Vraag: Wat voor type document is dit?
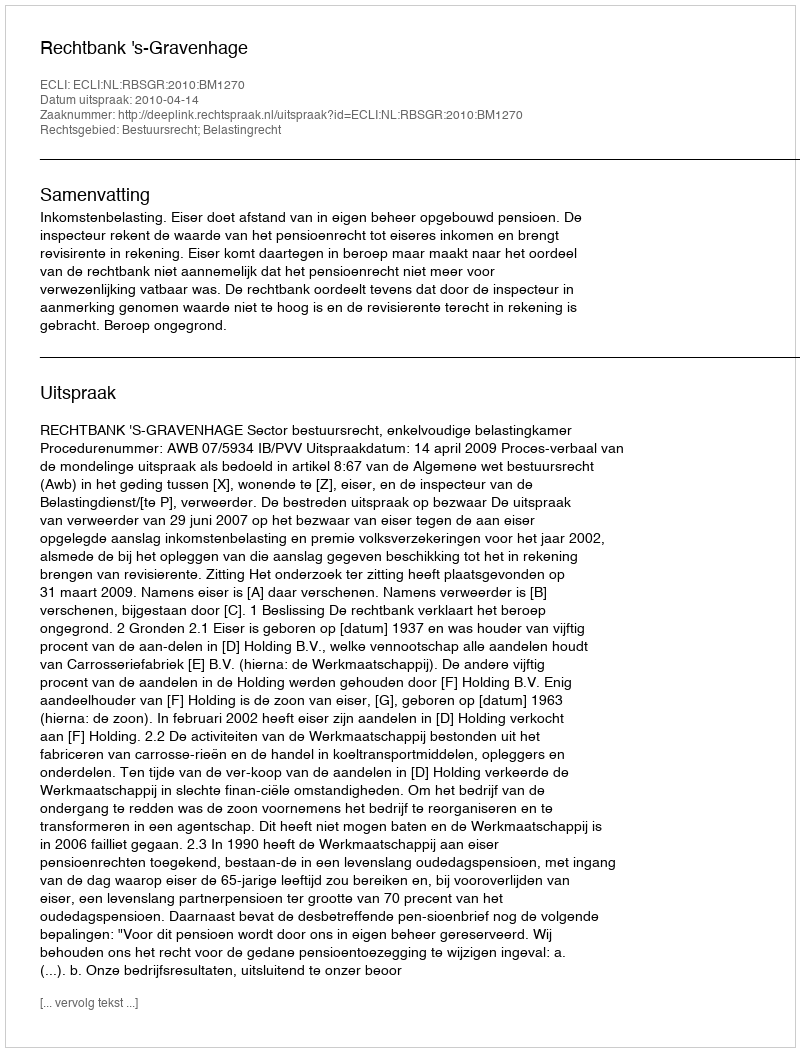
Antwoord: Uitspraak